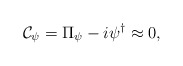
\begin{align*}{\cal C}_\psi = \Pi_\psi - i\psi^\dagger \approx 0,\end{align*}